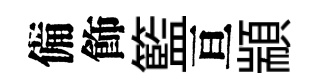
備飾籃亘顓